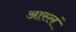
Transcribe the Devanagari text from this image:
आस्लं